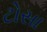
ટોસા